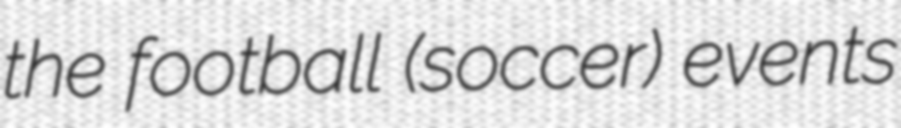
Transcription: the football (soccer) events